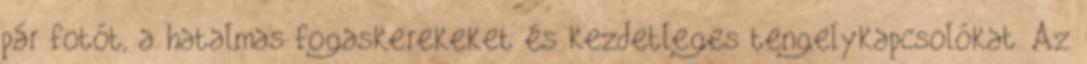
pár fotót, a hatalmas fogaskerekeket és kezdetleges tengelykapcsolókat. Az